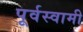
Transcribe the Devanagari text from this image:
पूर्वस्वामी